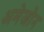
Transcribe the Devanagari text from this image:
अमेजोन